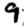
Digit: 9